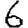
Digit: 6